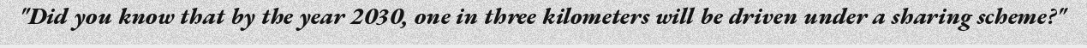
"Did you know that by the year 2030, one in three kilometers will be driven under a sharing scheme?"